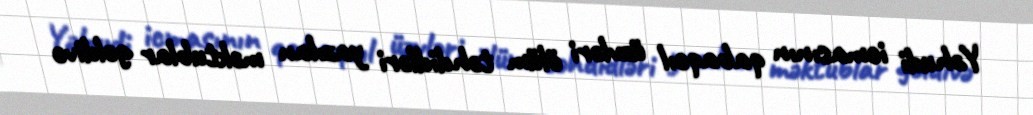
Yəhudi icmasının qabaqcıl üzvləri ölüm təhdidləri yazılan məktublar gəldivə